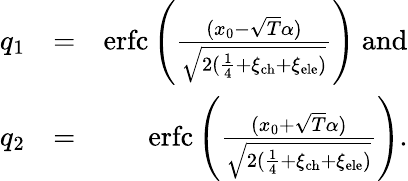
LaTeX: \begin{array}{rlr}{q_{1}}&{=}&{\mathrm{erfc}\left(\frac{(x_{0}-\sqrt{T}\alpha)}{\sqrt{2(\frac{1}{4}+\xi_{\mathrm{ch}}+\xi_{\mathrm{ele}})}}\right)\ \mathrm{and}}\\ {q_{2}}&{=}&{\mathrm{erfc}\left(\frac{(x_{0}+\sqrt{T}\alpha)}{\sqrt{2(\frac{1}{4}+\xi_{\mathrm{ch}}+\xi_{\mathrm{ele}})}}\right).}\end{array}